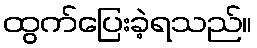
ထွက်ပြေးခဲ့ရသည်။